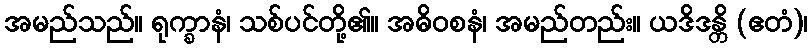
အမည်သည်။ ရုက္ခာနံ၊ သစ်ပင်တို့၏။ အဓိဝစနံ၊ အမည်တည်း။ ယဒိဒန္တိ (ဧတံ)၊